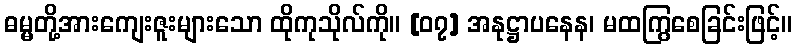
ဓမ္မတို့အားကျေးဇူးများသော ထိုကုသိုလ်ကို။ [၀၇] အနုဋ္ဌာပနေန၊ မထကြွစေခြင်းဖြင့်။